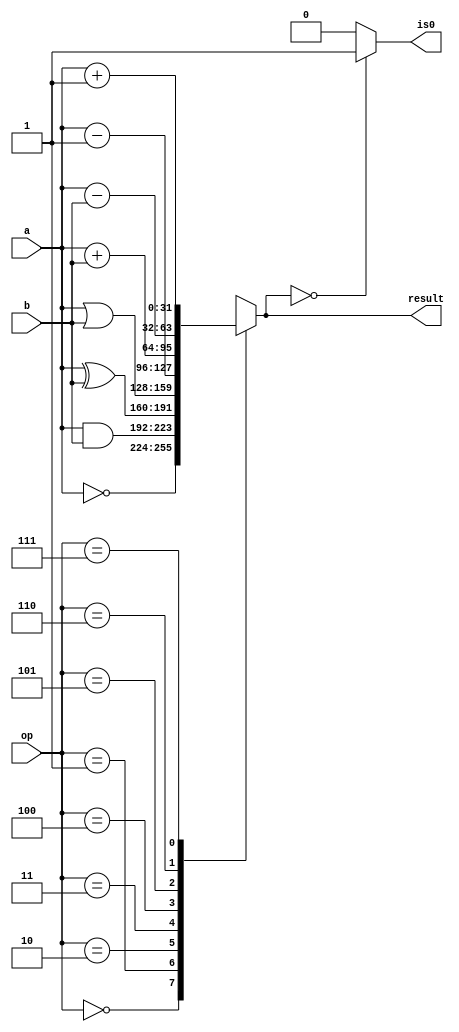
`timescale 1ns/100ps

module ALU_32bit(op, a, b, is0, result);
  input [3:0] op;
  input [31:0] a, b;
  output is0;
  output reg [31:0] result;

  always @(*) begin
    case(op)
      4'b0000 : result = ~a;
		  4'b0001 : result = a & b;
		  4'b0010 : result = a ^ b;
		  4'b0011 : result = a | b;
		  4'b0100 : result = a - 32'b1;
		  4'b0101 : result = a + b;
		  4'b0110 : result = a - b;
		  4'b0111 : result = a + 32'b1;
		  default : result = 32'bx;
    endcase
  end
  assign is0 = (result == 32'b0) ? 1 : 0;
endmodule